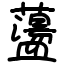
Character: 蘯